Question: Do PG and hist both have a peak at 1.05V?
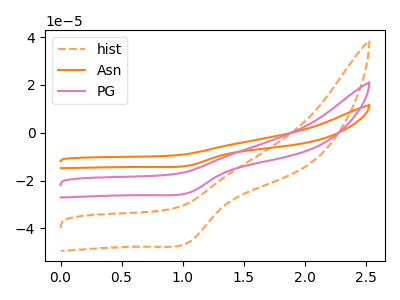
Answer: <think>The orange dashed curve "hist" has a cathodic peak at: (1.05V, -45.80uA). The orange curve "Asn" has a cathodic peak at: (1.05V, -50.15uA). The pink curve "PG" has a cathodic peak at: (1.05V, -25.10uA).</think>
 <answer>Yes, "PG" and "hist" share a peak at 1.05V.</answer>
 <eval>match</eval>